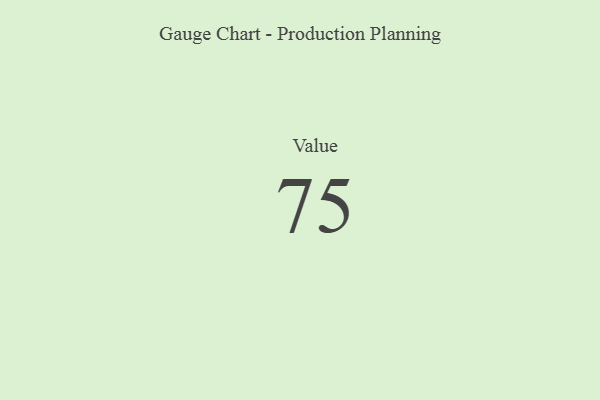
{"axis": {"x": "Metric", "y": "Value"}, "legend": [""], "data": [{"x": "Value", "y": 75, "type": ""}]}